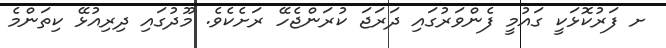
ށ ފަރުކޮޅަކީ ގައުމީ ފެންވަރުގައި ދަރަޖަ ކުރަންޖެހޭ ރަށެކެވެ. މޫދުގައި ދިރިއުޅޭ ކިތަންމެ